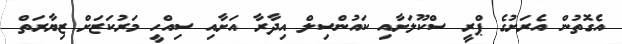
އެގޮތުން އެރަށުގެ ޕްރީ ސްކޫލަށާއި ކައުންސިލް އިދާރާ އަށާއި ސިއްހީ މަރުކަޒަށް ޒިޔާރަތް